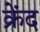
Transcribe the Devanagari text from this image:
क्रेंद